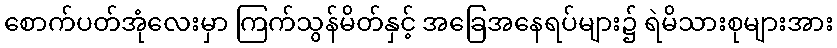
စောက်ပတ်အုံလေးမှာ ကြက်သွန်မိတ်နှင့် အခြေအနေရပ်များ၌ ရဲမိသားစုများအား